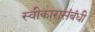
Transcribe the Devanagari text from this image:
स्वीकारासंबंधी